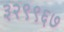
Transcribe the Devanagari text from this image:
३२९९६७